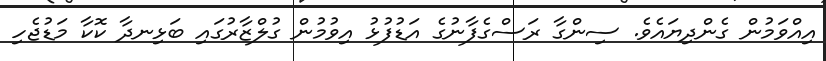
އިއްވަމުން ގެންދިޔައެވެ. ސިންގާ ރަސްގެފާނުގެ އަޑުފުޅު އިވުމުން ގުލްޒާރުގައި ބަޅިނދާ ކޮކާ މަޑުޖެހި